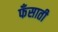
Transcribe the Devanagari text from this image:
फँसाती